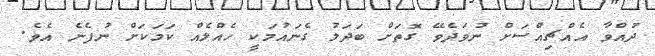
ދުއްވާ އެއްޗިއްސަށް ނުވަދެވޭ ގޮތަށް ބަދަލު ގެނައުމަކީ ހެއްލެއް ކަމަކަށް ނުފެނެ އެވެ.